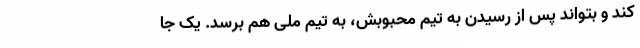
کند و بتواند پس از رسیدن به تیم محبوبش، به تیم ملی هم برسد. یک جا